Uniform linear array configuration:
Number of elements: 12
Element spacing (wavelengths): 0.75
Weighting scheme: hamming
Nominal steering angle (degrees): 0
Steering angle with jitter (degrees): -1.754
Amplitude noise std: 0.05
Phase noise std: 0.05

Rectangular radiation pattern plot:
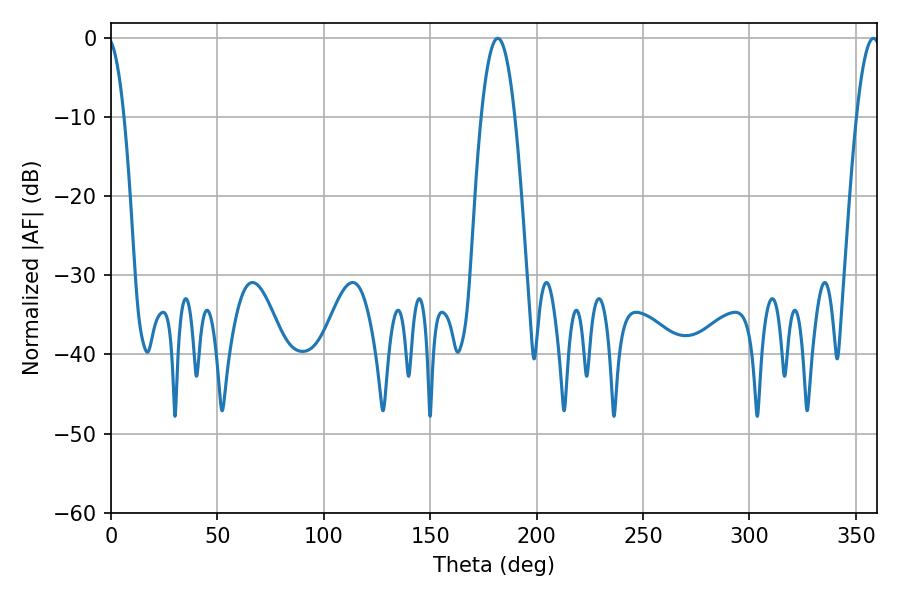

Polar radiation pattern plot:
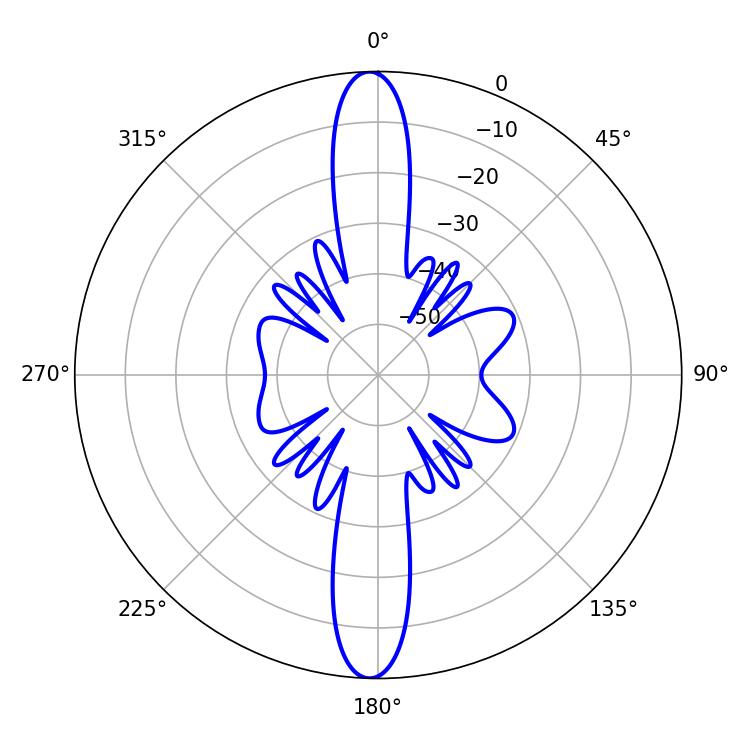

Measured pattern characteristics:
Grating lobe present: TRUE
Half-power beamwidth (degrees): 8.64
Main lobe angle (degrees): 181.8